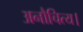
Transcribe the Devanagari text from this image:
अनौचित्य।